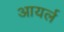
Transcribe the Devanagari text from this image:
आयर्ल